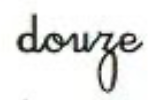
douze